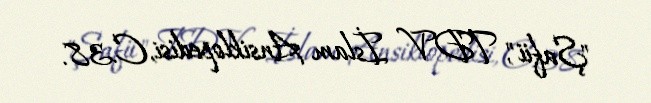
"Şafii", TDV İslam Ansiklopedisi, C.38.